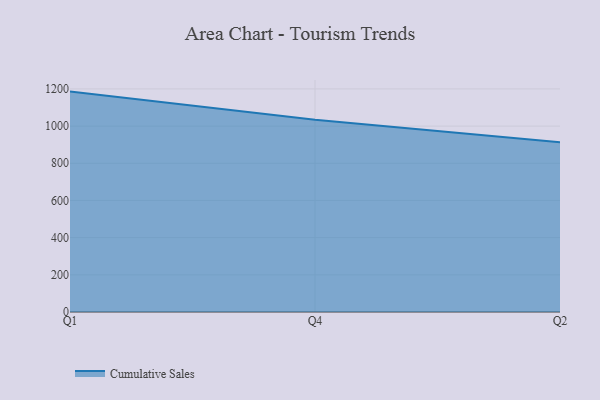
{"axis": {"x": "Quarter", "y": "Market Share (%)"}, "legend": ["Cumulative Sales"], "data": [{"x": "Q1", "y": 1185.5, "type": "Cumulative Sales"}, {"x": "Q4", "y": 1034.6, "type": "Cumulative Sales"}, {"x": "Q2", "y": 913.6, "type": "Cumulative Sales"}]}